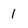
Character: 1